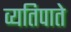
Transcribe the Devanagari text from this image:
व्यतिपाते